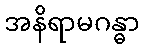
အနိရာမဂန္ဓာ